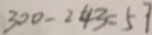
3 0 0 - 2 4 3 = 5 7